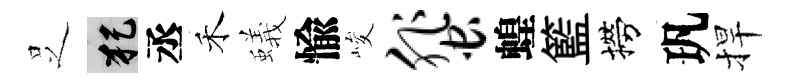
𠯁犯丞禾蟻愉峻蜚蝗籃撈㺬捍